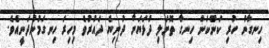
ހިނގާން ހުރި ކަންކަން ހިނގާ ތޮށަލި ދުޅަޔަށް ދުނިޔެ ދައުރުވެ މިހިރަ ހިނގަމުންދަނީއެވެ.